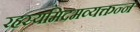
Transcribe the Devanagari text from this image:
रहस्यमिदमव्यक्तन्न